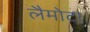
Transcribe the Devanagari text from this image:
लैमोटा